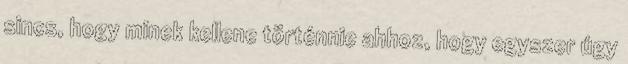
sincs, hogy minek kellene történnie ahhoz, hogy egyszer úgy